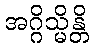
အဂ္ဂိသ္မိန္တိ